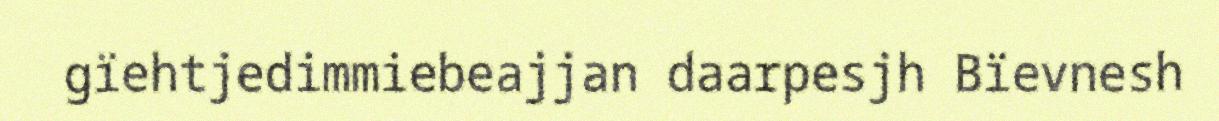
gïehtjedimmiebeajjan daarpesjh Bïevnesh